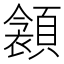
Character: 𩔝